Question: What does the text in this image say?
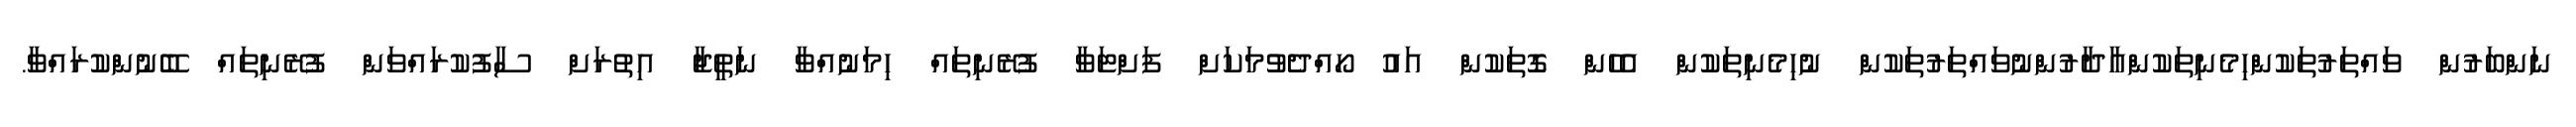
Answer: ނަންބަރުން ވައްތަރުތަކުންހިމެނިތަކުންއާދާރުންނުވައްތަރުތަކުން ނުހިމެނިތަކުން އެހެން ގޮތަކުން އައު ހޯއްދެވުމަކަށް ފަށްޓަވާ ފުރޭނިތައް ހިމަނުއްވާ ނަތީޖާ އިތުރަށް ސާފުކުރައްވަން ފުރޭނިތައް ބޭނުންކުރައްވާ.